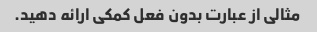
مثالی از عبارت بدون فعل کمکی ارائه دهید.